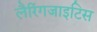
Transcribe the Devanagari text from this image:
लैरिंगजाइटिस